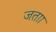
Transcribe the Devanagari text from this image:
जताा